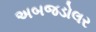
અબજડોલર